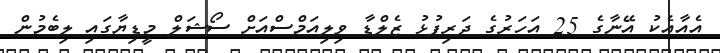
އެއާއެކު އޭނާގެ 25 އަހަރުގެ ދަރިފުޅު ޒެލްޑާ ވިލިއަމްސްއަށް ސޯޝަލް މީޑިޔާގައި ލިބެމުން